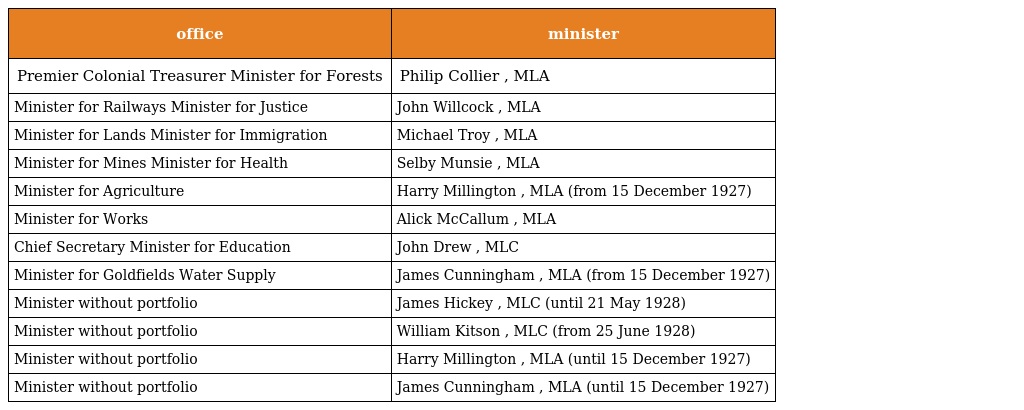
| office | minister |
 | --- | --- |
 | Premier Colonial Treasurer Minister for Forests | Philip Collier , MLA |
 | Minister for Railways Minister for Justice | John Willcock , MLA |
 | Minister for Lands Minister for Immigration | Michael Troy , MLA |
 | Minister for Mines Minister for Health | Selby Munsie , MLA |
 | Minister for Agriculture | Harry Millington , MLA (from 15 December 1927) |
 | Minister for Works | Alick McCallum , MLA |
 | Chief Secretary Minister for Education | John Drew , MLC |
 | Minister for Goldfields Water Supply | James Cunningham , MLA (from 15 December 1927) |
 | Minister without portfolio | James Hickey , MLC (until 21 May 1928) |
 | Minister without portfolio | William Kitson , MLC (from 25 June 1928) |
 | Minister without portfolio | Harry Millington , MLA (until 15 December 1927) |
 | Minister without portfolio | James Cunningham , MLA (until 15 December 1927) |